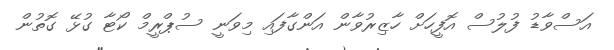
އަސްވާޑު ފުލުސް އޮފީހަށް ހާޒިރުވާން އަންގާފައި މިވަނީ ސުޕްރީމް ކޯޓާ ގުޅޭ ގޮތުން